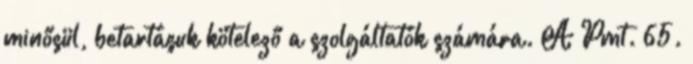
minősül, betartásuk kötelező a szolgáltatók számára. A Pmt. 65.